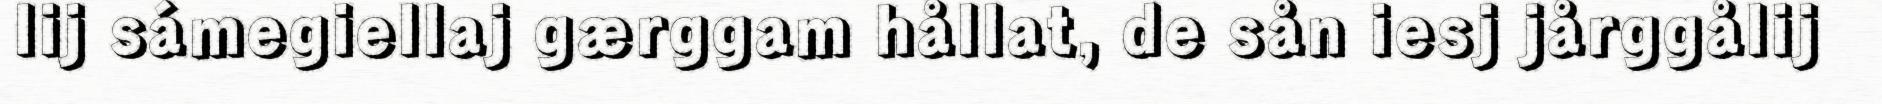
lij sámegiellaj gærggam hållat, de sån iesj jårggålij